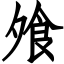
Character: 飧